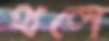
থলে